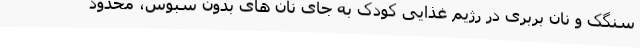
سنگک و نان بربری در رژیم غذایی کودک به جای نان ‌های بدون سبوس، محدود